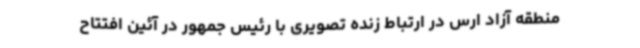
منطقه آزاد ارس در ارتباط زنده تصویری با رئیس جمهور در آئین افتتاح